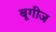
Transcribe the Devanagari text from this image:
बूगीज